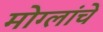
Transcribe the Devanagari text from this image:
मोग्लांचे